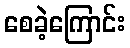
စေခဲ့ကြောင်း